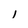
Character: l